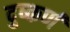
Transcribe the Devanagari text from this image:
दुष्कर्ण